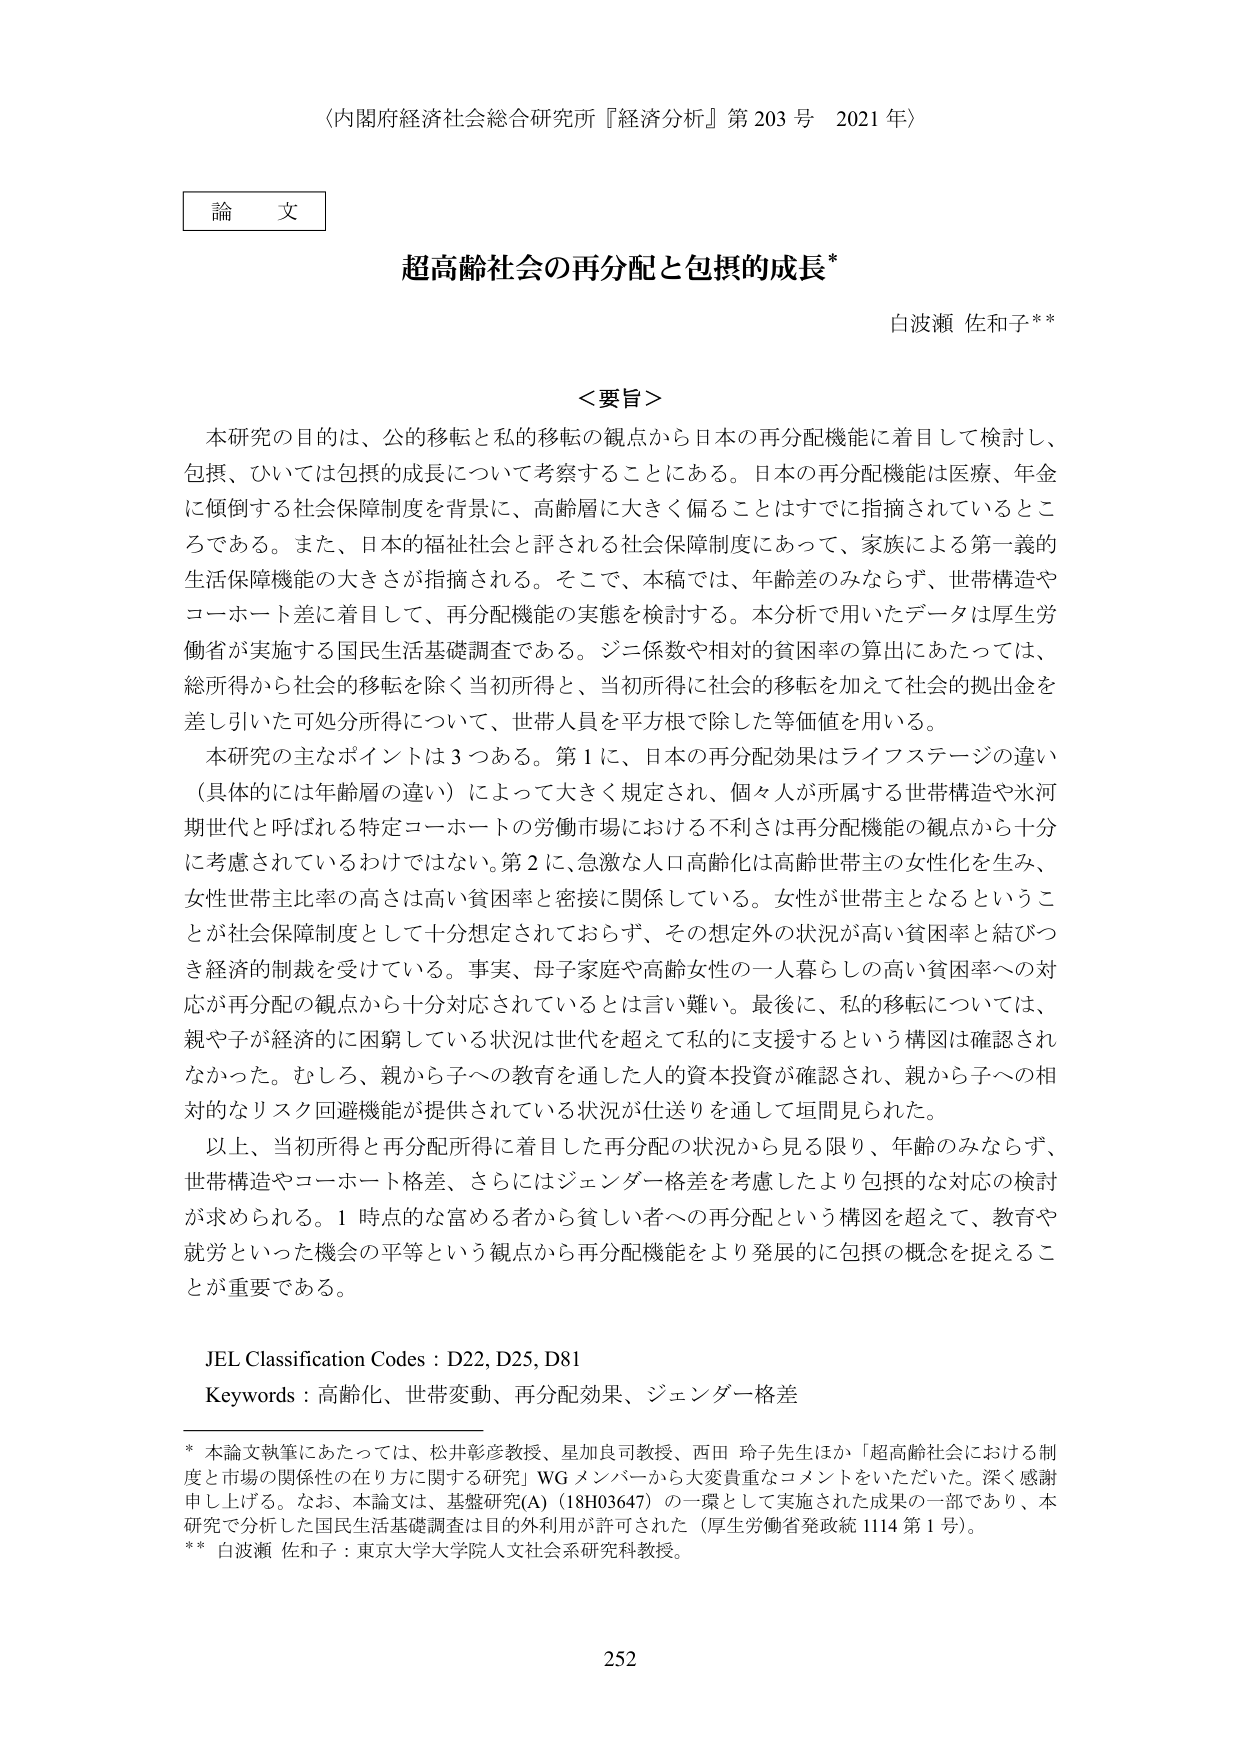
〈内閣府経済社会総合研究所『経済分析』第203号 2021年〉

論文

超高齢社会の再分配と包摂的成長*

白波瀬 佐和子**

＜要旨＞

本研究の目的は、公的移転と私的移転の観点から日本の再分配機能に着目して検討し、包摂、ひいては包摂的成長について考察することにある。日本の再分配機能は医療、年金に傾倒する社会保障制度を背景に、高齢層に大きく偏ることはすでに指摘されているところである。また、日本的福祉社会と評される社会保障制度にあって、家族による第一義的生活保障機能の大きさが指摘される。そこで、本稿では、年齢差のみならず、世帯構造やコホート差に着目して、再分配機能の実態を検討する。本分析で用いたデータは厚生労働省が実施する国民生活基礎調査である。ジニ係数や相対的貧困率の算出にあたっては、総所得から社会的移転を除く当初所得と、当初所得に社会的移転を加えて社会的拠出金を差し引いた可処分所得について、世帯人員を平方根で除した等価値を用いる。

本研究の主なポイントは3つある。第1に、日本の再分配効果はライフステージの違い（具体的には年齢層の違い）によって大きく規定され、個々人が所属する世帯構造や氷河期世代と呼ばれる特定コホートの労働市場における不利さは再分配機能の観点から十分に考慮されているわけではない。第2に、急激な人口高齢化は高齢世帯主の女性化を生み、女性世帯主比率の高さは高い貧困率と密接に関係している。女性が世帯主となるということが社会保障制度として十分想定されておらず、その想定外の状況が高い貧困率と結びつき経済的制裁を受けている。事実、母子家庭や高齢女性の一人暮らしの高い貧困率への対応が再分配の観点から十分対応されているとは言い難い。最後に、私的移転については、親や子が経済的に困窮している状況は世代を超えて私的に支援するという構図は確認されなかった。むしろ、親から子への教育を通した人的資本投資が確認され、親から子への相対的なリスク回避機能が提供されている状況が仕送りを通して垣間見られた。

以上、当初所得と再分配所得に着目した再分配の状況から見る限り、年齢のみならず、世帯構造やコホート格差、さらにはジェンダー格差を考慮したより包摂的な対応の検討が求められる。1時点的な富める者から貧しい者への再分配という構図を超えて、教育や就労といった機会の平等という観点から再分配機能をより発展的に包摂的概念を捉えることが重要である。

JEL Classification Codes : D22, D25, D81
Keywords : 高齢化、世帯変動、再分配効果、ジェンダー格差

* 本論文執筆にあたっては、松井彰彦教授、星加良司教授、西田 玲子先生ほか「超高齢社会における制度と市場の関係性の在り方に関する研究」WGメンバーから大変貴重なコメントをいただいた。深く感謝申し上げる。なお、本論文は、基盤研究(A)（18H03647）の一環として実施された成果の一部であり、本研究で分析した国民生活基礎調査は目的利用が許可された（厚生労働省発政統1114第1号）。
** 白波瀬 佐和子：東京大学大学院人文社会系研究科教授。

252